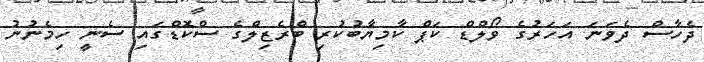
ދެހާސް ދެވަނަ އަހަރުގެ ވޯލްޑް ކަޕް ކާމިޔާބުކުރި ބްރެޒިލްގެ ސްކޮޑްގައި ސެނީ ހިމެނުނު